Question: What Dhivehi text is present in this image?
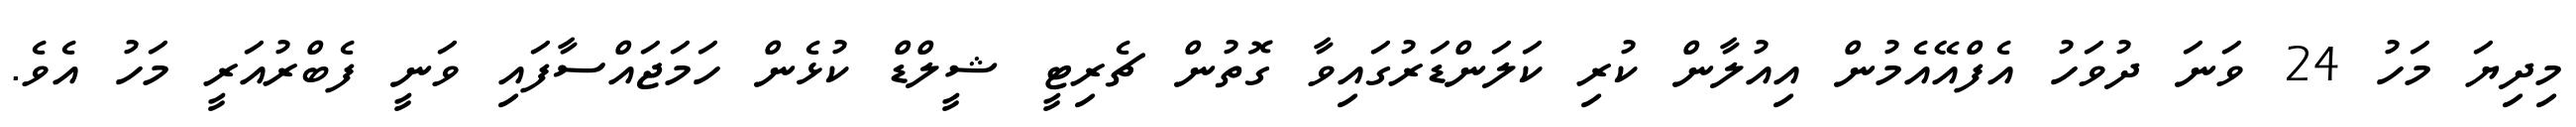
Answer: މިދިޔަ މަހު 24 ވަނަ ދުވަހު އެފްއޭއެމުން އިއުލާން ކުރި ކަލަންޑަރުގައިވާ ގޮތުން ޗެރިޓީ ޝީލްޑް ކުޅެން ހަމަޖައްސާފައި ވަނީ ފެބްރުއަރީ މަހު އެވެ.